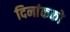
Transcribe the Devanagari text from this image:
दिनांकको